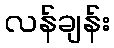
လန်ချန်း